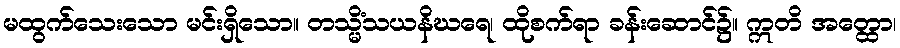
မထွက်သေးသော မင်းရှိသော။ တသ္မိံသယနိဃရေ၊ ထိုစက်ရာ ခန်းဆောင်၌။ ဣတိ အတ္ထော၊